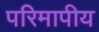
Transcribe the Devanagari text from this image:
परिमापीय